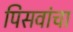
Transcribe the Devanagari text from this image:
पिसवांचा